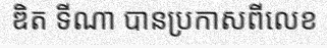
ឌិត ទីណា បានប្រកាសពីលេខ